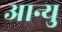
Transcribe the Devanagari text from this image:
आन्यु